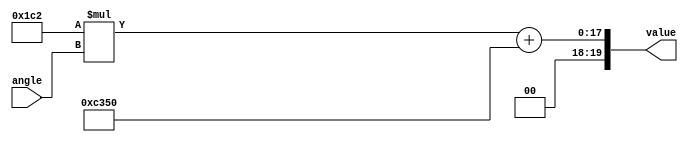
`timescale 1ns / 1ps
//////////////////////////////////////////////////////////////////////////////////
// Company: 
// Engineer: 
// 
// Design Name: 
// Module Name: angle_decoder
// Project Name: 
// Target Devices: 
// Tool Versions: 
// Description: 
// 
// Dependencies: 
// 
// Revision:
// Revision 0.01 - File Created
// Additional Comments:
// 
//////////////////////////////////////////////////////////////////////////////////


module angle_decoder(
    input [7:0] angle,
    output reg [19:0] value
    );
    
    
    always @ (angle)
    begin
        // Ai sabit degere dnstrlr. Bu denklem, kullandigimiz servo motora baglidir. 
         // Bu denklemi elde etmek iin, 0 ve 180 aci degerlerini elde etmek iin deneme yanilma yntemini kullandim ve
          // bu iki noktayi temel alan bir denklem olusurdum.
        value = (10'd450)*(angle)+ 16'd50000;
    end
endmodule